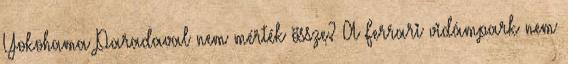
Yokohama Paradaval nem mérték össze? A Ferrari vidámpark nem